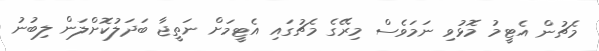
މެޗުން އެޓީމު މޮޅުވި ނަމަވެސް މިރޭގެ މެޗުގައި އެޓީމަށް ނަތީޖާ ބަދަލުކޮށްލަން ލިބުނު